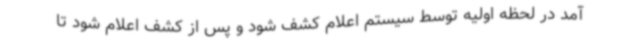
آمد در لحظه اولیه توسط سیستم اعلام کشف شود و پس از کشف اعلام شود تا